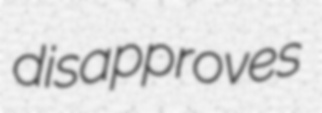
disapproves